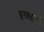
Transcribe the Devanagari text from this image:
इस्राइलचे